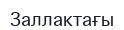
Заллактағы